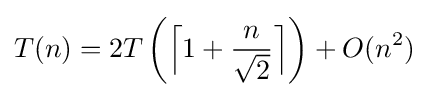
T(n)=2T\left({\Bigl \lceil }1+{\frac {n}{\sqrt {2}}}{\Bigr \rceil }\right)+O(n^{2})